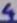
Text: 4